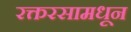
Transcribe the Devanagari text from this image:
रक्तरसामधून